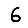
Digit: 6